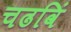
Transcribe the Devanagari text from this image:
चढविं